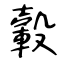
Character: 轂